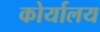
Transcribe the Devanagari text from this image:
कोर्यालय